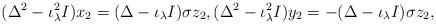
LaTeX: \begin{align*}(\Delta^2-\iota_\lambda^2I)x_2=(\Delta-\iota_\lambda I)\sigma z_2,(\Delta^2-\iota_\lambda^2I)y_2=-(\Delta-\iota_\lambda I)\sigma z_2,\end{align*}